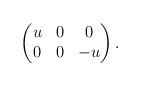
LaTeX: \begin{align*} \begin{pmatrix} u & 0 & 0 \\ 0 & 0 & -u \end{pmatrix}. \end{align*}